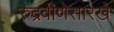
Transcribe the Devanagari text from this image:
रुद्रवीणेसारखे